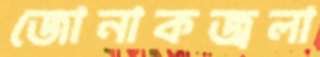
জোনাকজ্বলা